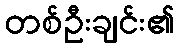
တစ်ဦးချင်း၏